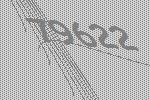
79622